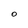
Character: O